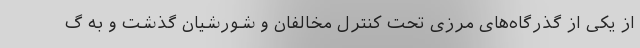
از یکی از گذرگاه‌های مرزی تحت کنترل مخالفان و شورشیان گذشت و به گ